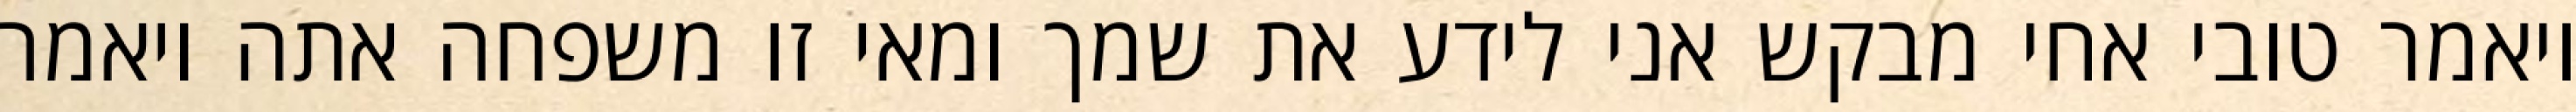
ויאמר טובי אחי מבקש אני לידע את שמך ומאי זו משפחה אתה ויאמר